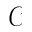
\mathcal { C }